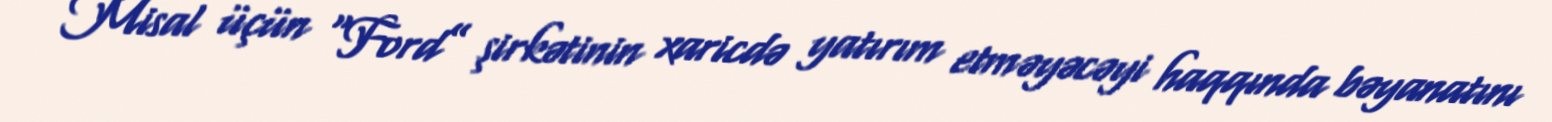
Misal üçün “Ford” şirkətinin xaricdə yatırım etməyəcəyi haqqında bəyanatını